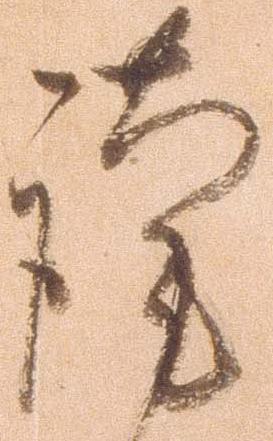
謹